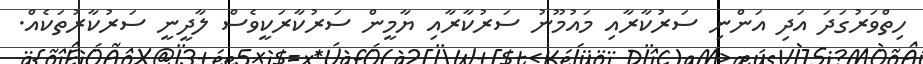
ހިތްވަރުގަދަ އަދި އަންނި ސަރުކާރާއި މައުމޫނު ސަރުކާރާއި ޔާމީން ސަރުކާރަކީވެސް ލާދީނީ ސަރުކާރުތަކެއް.